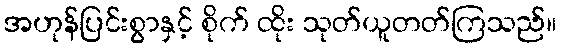
အဟုန်ပြင်းစွာနှင့် စိုက် ထိုး သုတ်ယူတတ်ကြသည်။